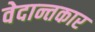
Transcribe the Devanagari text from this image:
वेदान्तकार